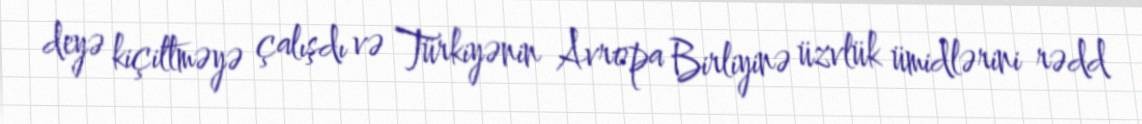
deyə kiçiltməyə çalışdı və Türkiyənin Avropa Birliyinə üzvlük ümidlərini rədd